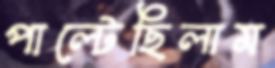
পাল্‌টেছিলাম